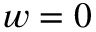
w = 0